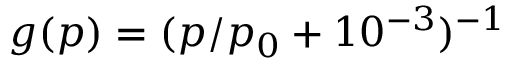
g ( p ) = ( p / p _ { 0 } + 1 0 ^ { - 3 } ) ^ { - 1 }